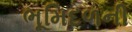
ભૂમિદળની